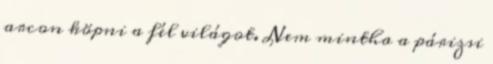
arcon köpni a fél világot. Nem mintha a párizsi